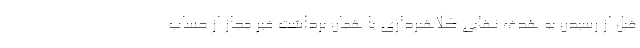
قبل از رسیدن به هدف نهایی کلاهبرداری یا همان برداشت غیر مجاز از حساب